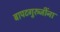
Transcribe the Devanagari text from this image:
बापटगुरुजींना